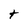
Character: t